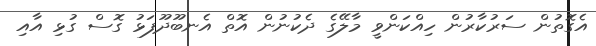
އެގޮތުން ސަރުކާރުން ހިއްކަންވީ މާލޭގެ ދެކުނުން އޮތް އެނބޫދޫފަޅު ގޮސް ގުޅި އާއި